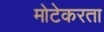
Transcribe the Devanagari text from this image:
मोटेकरता